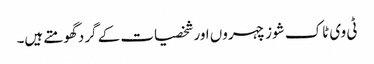
ٹی وی ٹاک شوز چہروں اور شخصیات کے گرد گھومتے ہیں۔